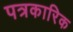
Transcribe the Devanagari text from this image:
पत्रकारिक